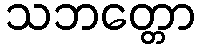
သဘတ္တော